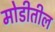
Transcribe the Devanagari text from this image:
मोडीतील